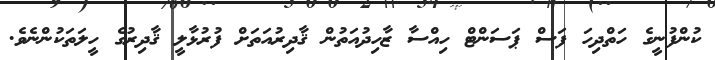
ކުންފުނީގެ ހަތްދިހަ ފަސް ޕަސަންޓް ހިއްސާ ޒާހިދުއަތުން ޤާދިރުއަތަށް ފުރުޅާލީ ޤާދިރުގެ ހީލަތަކުންނެވެ.